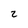
Character: z